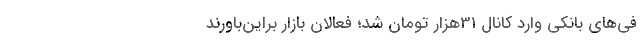
فی‌های بانکی وارد کانال 31هزار تومان شد؛ فعالان بازار براین‌باورند